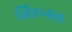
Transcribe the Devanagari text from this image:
तिरूनल